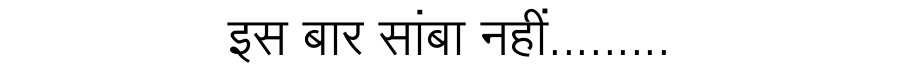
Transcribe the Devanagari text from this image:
इस बार सांबा नहीं.........